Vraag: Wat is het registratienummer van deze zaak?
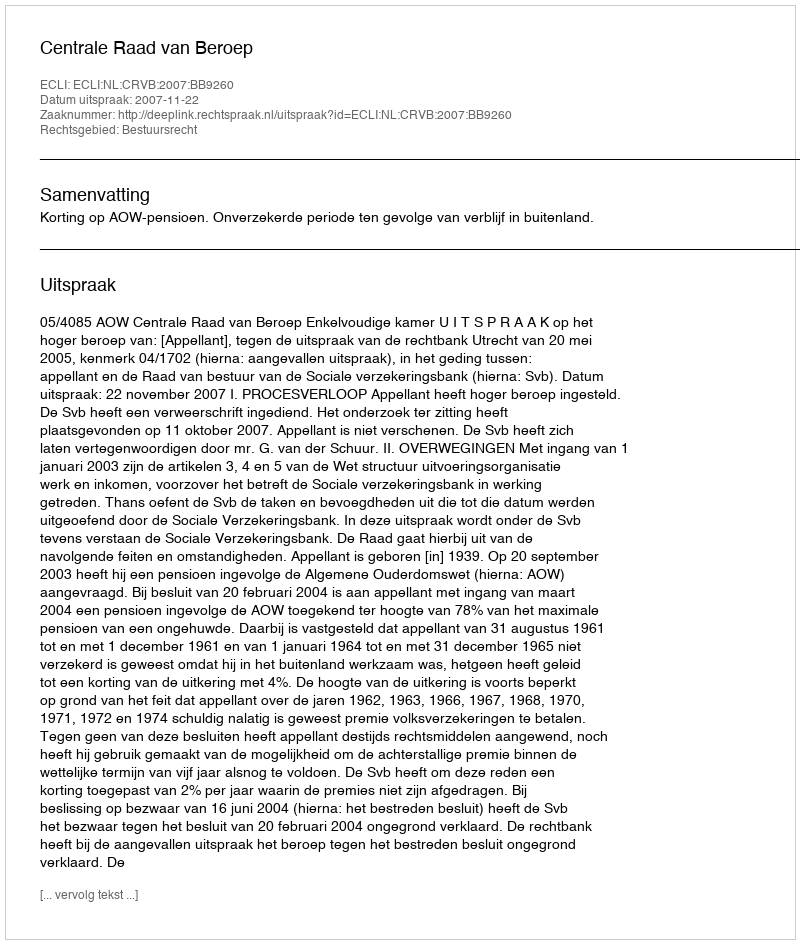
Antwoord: http://deeplink.rechtspraak.nl/uitspraak?id=ECLI:NL:CRVB:2007:BB9260